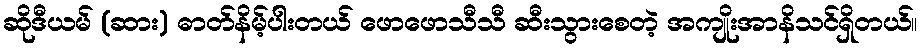
ဆိုဒီယမ် (ဆား) ဓာတ်နိမ့်ပါးတယ် ဖောဖောသီသီ ဆီးသွားစေတဲ့ အကျိုးအာနိသင်ရှိတယ်။